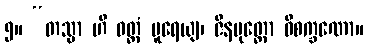
၅။ “တသ္မာ ဟိ ဝတ္တံ ပူရေယျ၊ ဇိနပုတ္တော ဝိစက္ခဏော။